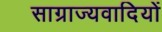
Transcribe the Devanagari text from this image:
साग्राज्यवादियों